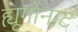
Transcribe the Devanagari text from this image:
ह्यूगोनाट